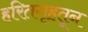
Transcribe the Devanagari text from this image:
हरितगृहतून